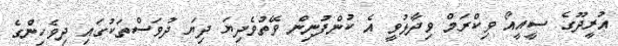
އުރީދޫގެ ސީއީއޯ ވިކްރަމް ވިދާޅުވީ އެ ކުންފުނިން ވޭތުވެދިޔަ ދިޔަ ދުވަސްތަކުގައި ދިވެހިންގެ